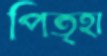
পিতৃহা